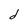
Character: d